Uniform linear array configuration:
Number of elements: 8
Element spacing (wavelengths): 0.25
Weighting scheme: exponential
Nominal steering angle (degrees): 30
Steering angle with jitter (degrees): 29.866
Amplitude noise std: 0.05
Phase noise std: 0.05

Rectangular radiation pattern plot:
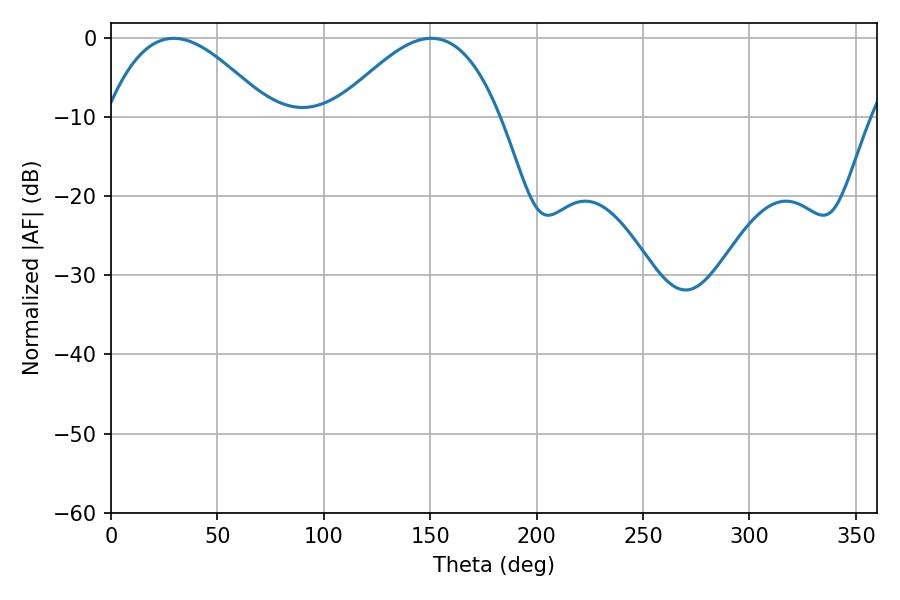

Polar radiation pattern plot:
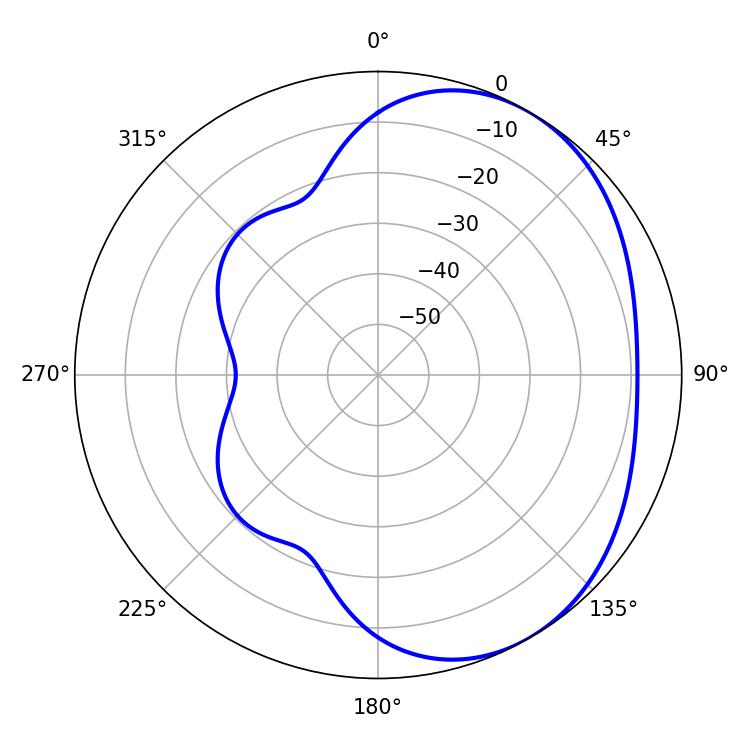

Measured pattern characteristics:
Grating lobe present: FALSE
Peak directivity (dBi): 3.532
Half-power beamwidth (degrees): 41.94
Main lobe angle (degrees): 29.52